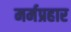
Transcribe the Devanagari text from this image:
मर्मप्रहार